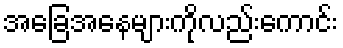
အခြေအနေများကိုလည်းကောင်း